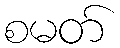
စမတ်